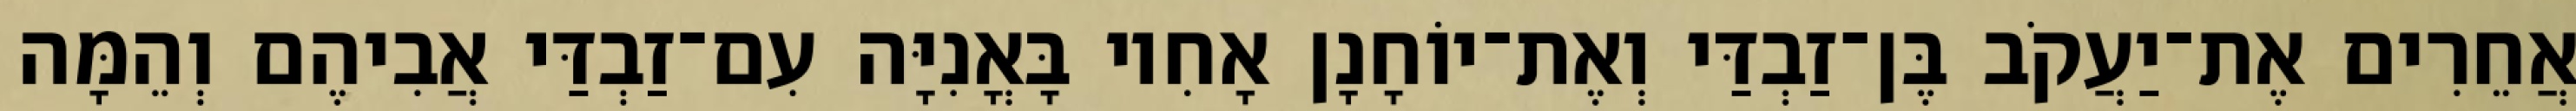
אֲחֵרִים אֶת־יַעֲקֹב בֶּן־זַבְדַּי וְאֶת־יוֹחָנָן אָחִיו בָּאֳנִיָּה עִם־זַבְדַּי אֲבִיהֶם וְהֵמָּה